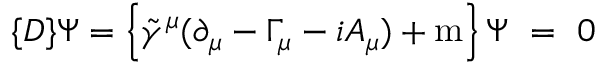
\{ D \} \Psi = \left\{ { \tilde { \gamma } } ^ { \mu } ( \partial _ { \mu } - \Gamma _ { \mu } - i A _ { \mu } ) + \mathrm { m } \right\} \Psi ~ = ~ 0